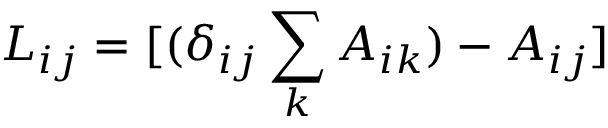
L _ { i j } = [ ( \delta _ { i j } \sum _ { k } A _ { i k } ) - A _ { i j } ]